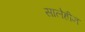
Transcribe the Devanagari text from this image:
सालेहीन